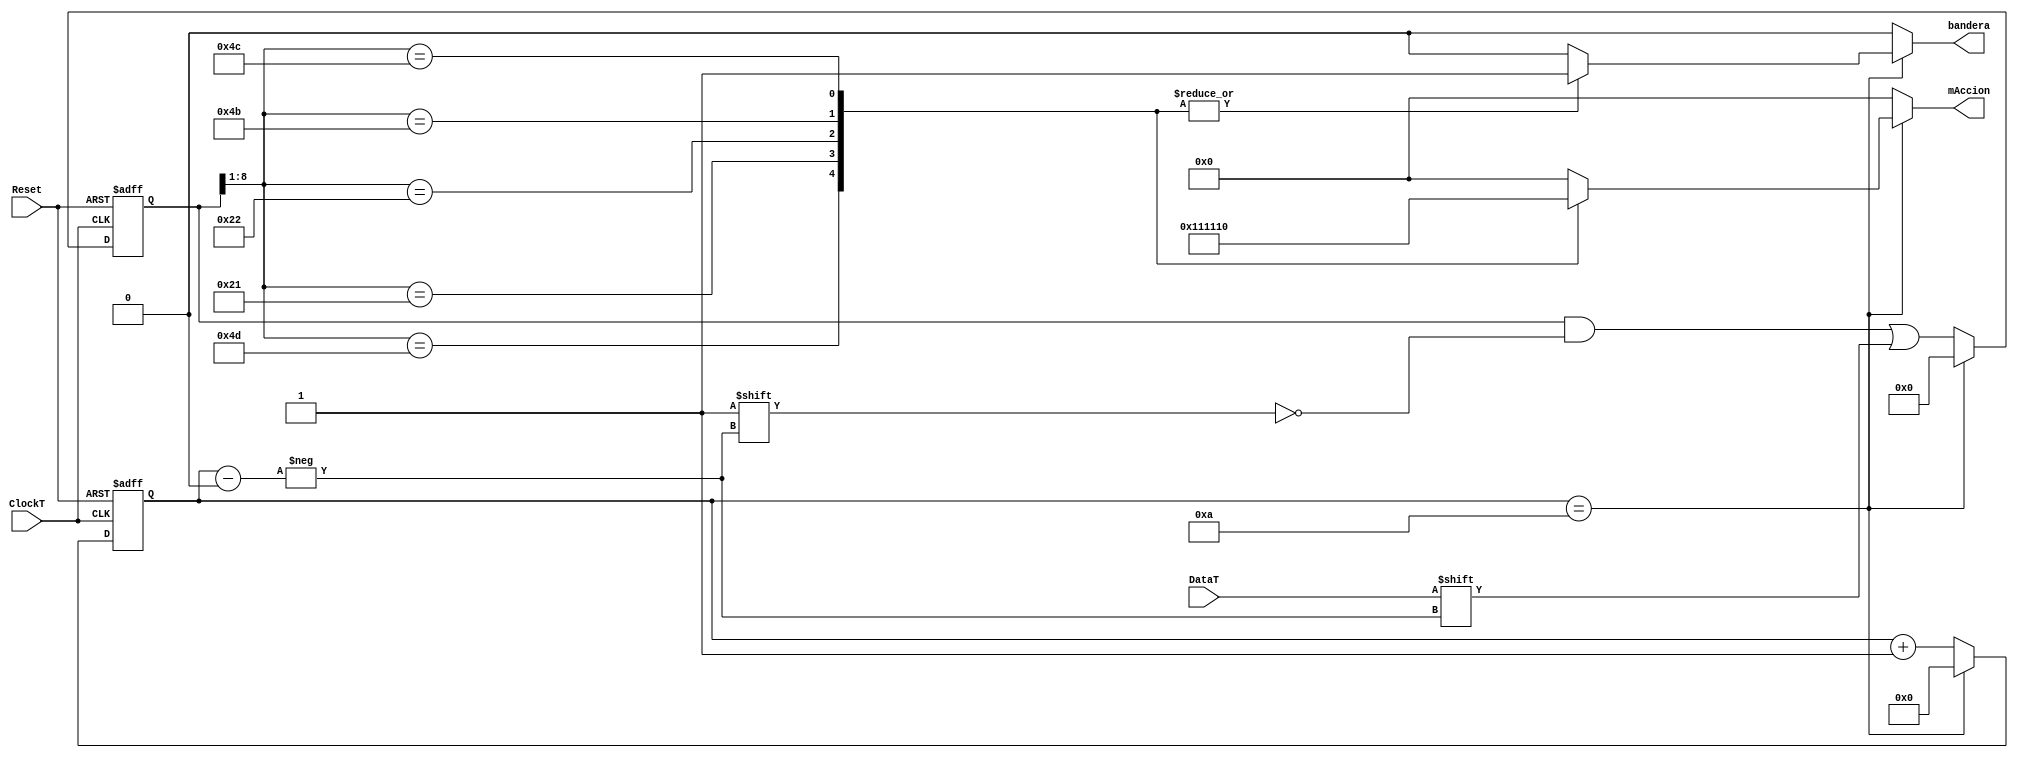
module Teclado(ClockT, DataT, Reset,mAccion,bandera);

input wire ClockT;
input wire DataT;
input wire Reset;
output reg bandera;
output reg [4:0] mAccion;

reg [3:0] bitcount=0;
reg [10:0] dataForm=8'b0;


always @(negedge ClockT or posedge Reset) begin 
  if(Reset) begin
    bitcount<=0;
    dataForm<=0;
	end
  else if(bitcount==10) begin
     bitcount<=0;
    dataForm<=0;
  end
  else begin
	 dataForm[bitcount]<=DataT;
	 bitcount<=bitcount+1;
  end
  
end
  
always @(*) begin
	if (bitcount==10) begin
	  case(dataForm[8:1])
			8'h4D: begin		//Inicio/Pausa
				bandera=1;
				mAccion=5'b00001;
			end
			8'h21: begin		//c
				bandera=1;
				mAccion=5'b00010;
			end
				8'h22: begin	//X
				bandera=1;
				mAccion=5'b00100;
			end
				8'h4B: begin	//L
				bandera=1;
				mAccion=5'b01000;
			end
				8'h4C: begin	//;
				bandera=1;
				mAccion=5'b10000;
			end
				8'hF0: begin	//Fin de CMD
				bandera=0;
				mAccion=5'b00000;
			end
			default: begin
				bandera=0;
				mAccion=5'b00000;
			end
		 endcase
		 end
		 else begin
			bandera = 0;
			mAccion = 5'b00000;
		 end
	end
endmodule